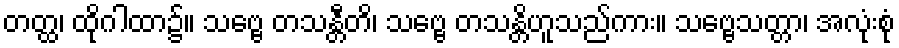
တတ္ထ၊ ထိုဂါထာ၌။ သဗ္ဗေ တသန္တီတိ၊ သဗ္ဗေ တသန္တိဟူသည်ကား။ သဗ္ဗေသတ္တာ၊ အလုံးစုံ